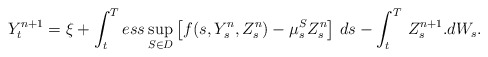
\begin{align*}Y^{n+1}_t=\xi+\int_t^T ess\sup_{S\in D}\left[f(s,Y^{n}_s,Z^{n}_s)-\mu^S_s Z^{n}_s\right]\,ds-\int_t^T\,Z^{n+1}_s.dW_s.\end{align*}